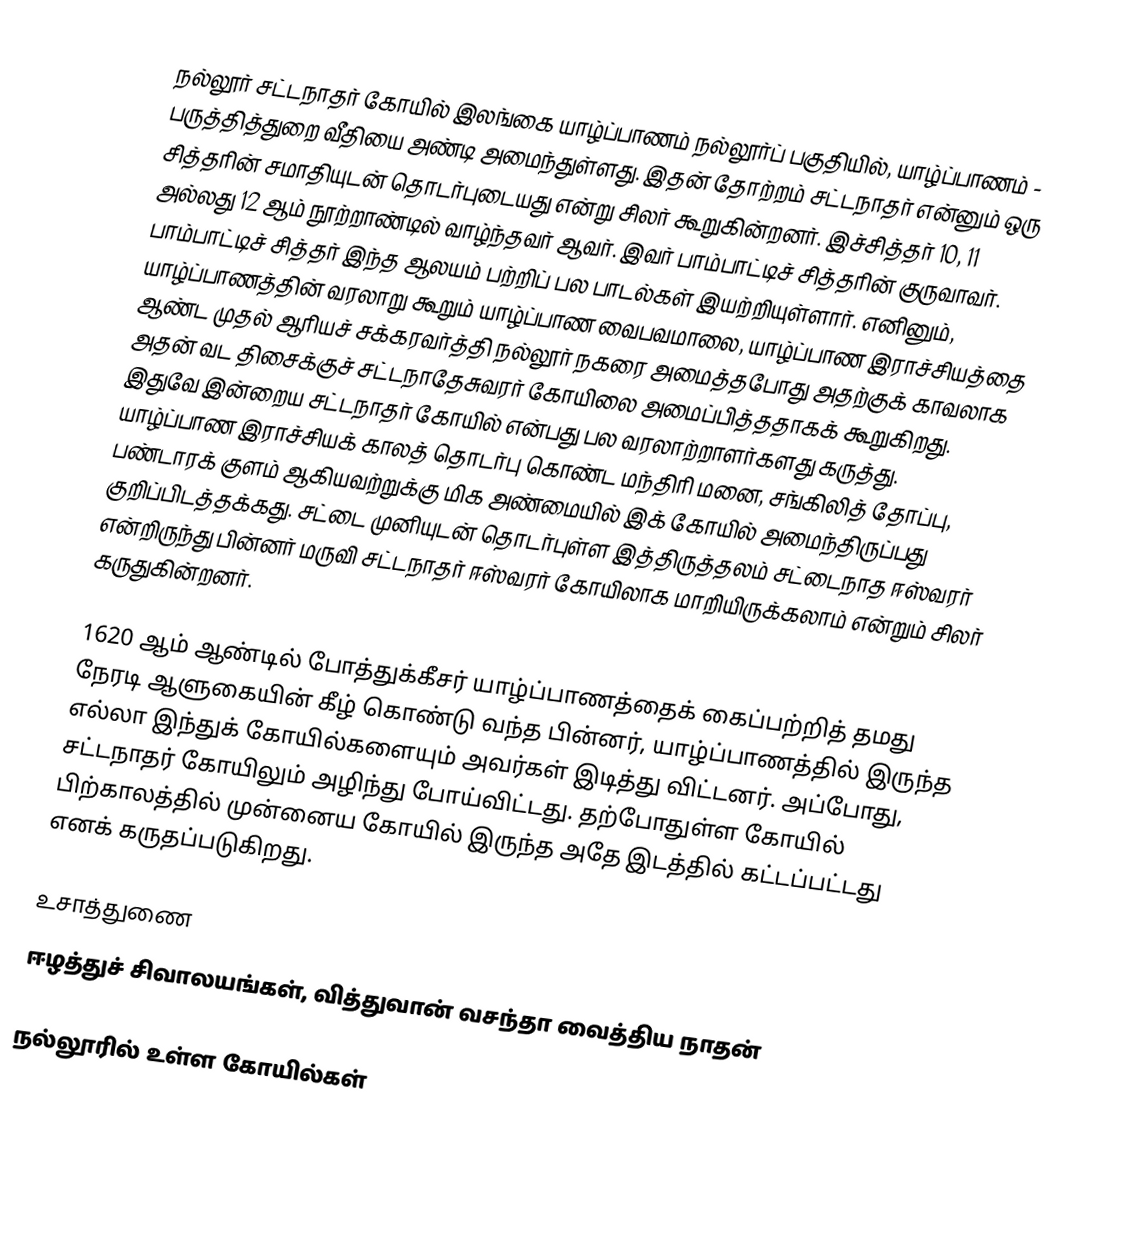
நல்லூர் சட்டநாதர் கோயில் இலங்கை யாழ்ப்பாணம் நல்லூர்ப் பகுதியில், யாழ்ப்பாணம் - பருத்தித்துறை வீதியை அண்டி அமைந்துள்ளது. இதன் தோற்றம் சட்டநாதர் என்னும் ஒரு சித்தரின் சமாதியுடன் தொடர்புடையது என்று சிலர் கூறுகின்றனர். இச்சித்தர் 10, 11 அல்லது 12 ஆம் நூற்றாண்டில் வாழ்ந்தவர் ஆவர். இவர் பாம்பாட்டிச் சித்தரின் குருவாவர். பாம்பாட்டிச் சித்தர் இந்த ஆலயம் பற்றிப் பல பாடல்கள் இயற்றியுள்ளார். எனினும், யாழ்ப்பாணத்தின் வரலாறு கூறும் யாழ்ப்பாண வைபவமாலை, யாழ்ப்பாண இராச்சியத்தை ஆண்ட முதல் ஆரியச் சக்கரவர்த்தி நல்லூர் நகரை அமைத்தபோது அதற்குக் காவலாக அதன் வட திசைக்குச் சட்டநாதேசுவரர் கோயிலை அமைப்பித்ததாகக் கூறுகிறது. இதுவே இன்றைய சட்டநாதர் கோயில் என்பது பல வரலாற்றாளர்களது கருத்து. யாழ்ப்பாண இராச்சியக் காலத் தொடர்பு கொண்ட மந்திரி மனை, சங்கிலித் தோப்பு, பண்டாரக் குளம் ஆகியவற்றுக்கு மிக அண்மையில் இக் கோயில் அமைந்திருப்பது குறிப்பிடத்தக்கது. சட்டை முனியுடன் தொடர்புள்ள இத்திருத்தலம் சட்டைநாத ஈஸ்வரர் என்றிருந்து பின்னர் மருவி சட்டநாதர் ஈஸ்வரர் கோயிலாக மாறியிருக்கலாம் என்றும் சிலர் கருதுகின்றனர்.

1620 ஆம் ஆண்டில் போத்துக்கீசர் யாழ்ப்பாணத்தைக் கைப்பற்றித் தமது நேரடி ஆளுகையின் கீழ் கொண்டு வந்த பின்னர், யாழ்ப்பாணத்தில் இருந்த எல்லா இந்துக் கோயில்களையும் அவர்கள் இடித்து விட்டனர். அப்போது, சட்டநாதர் கோயிலும் அழிந்து போய்விட்டது. தற்போதுள்ள கோயில் பிற்காலத்தில் முன்னைய கோயில் இருந்த அதே இடத்தில் கட்டப்பட்டது எனக் கருதப்படுகிறது.

உசாத்துணை
 ஈழத்துச் சிவாலயங்கள், வித்துவான் வசந்தா வைத்திய நாதன்

நல்லூரில் உள்ள கோயில்கள்